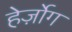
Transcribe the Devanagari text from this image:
हेर्ज़ोग